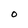
Character: 0